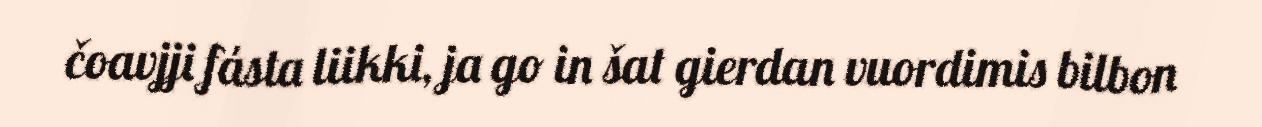
čoavjji fásta liikki, ja go in šat gierdan vuordimis bilbon